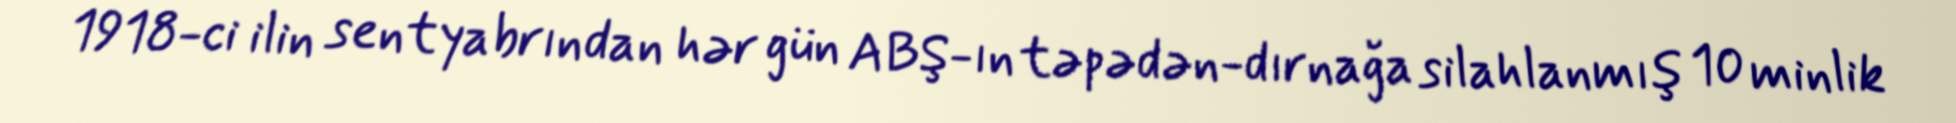
1918-ci ilin sentyabrından hər gün ABŞ-ın təpədən-dırnağa silahlanmış 10 minlik